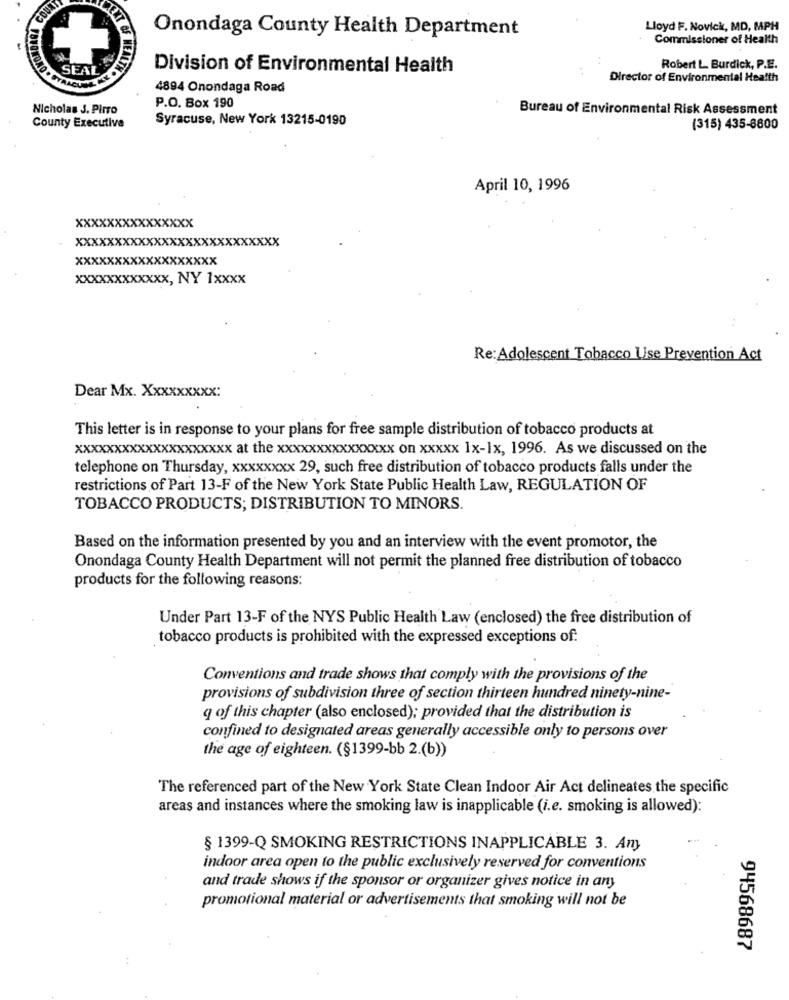
Onondaga County Health Department
Lloyd F. Novick, MD, MPH
Commissioner of Health
Division of Environmental Health
Robert L. Burdick, P.E.
Director of Environmental Health
4894 Onondaga Road
Nicholas S. Pirro
P.O. Box 190
Bureau of Environmental Risk Assessment
Syracuse, New York 13215-0190
County Executive
(315) 435-6800
April 10, 1996
xxxxxxxxxxxxxxx
xxxxxxxxxxxxxxx
xxxx
xxxx
xxxxxxxxxxxxxxxxx
xxxxxxxxxxxx, NY 1xxxx
Re:Adolescent Tobacco Use Prevention Act
Dear Mx. Xxxxxxxxx:
This letter is in response to your plans for free sample distribution of tobacco products at
xxxxxxxxxxxxxxxxxxxx at the xxxxxxxxxxxxxxx on xxxxx 1x-1x, 1996. As we discussed on the
telephone on Thursday, xxxxxxxx 29, such free distribution of tobacco products falls under the
restrictions of Part 13-F of the New York State Public Health Law, REGULATION OF
TOBACCO PRODUCTS; DISTRIBUTION TO MINORS.
Based on the information presented by you and an interview with the event promotor, the
Onondaga County Health Department will not permit the planned free distribution of tobacco
products for the following reasons:
Under Part 13-F of the NYS Public Health Law (enclosed) the free distribution of
tobacco products is prohibited with the expressed exceptions of.
Conventions and trade shows that comply with the provisions of the
provisions of subdivision three of section thirteen hundred ninety-nine-
q of this chapter (also enclosed); provided that the distribution is
confined to designated areas generally accessible only to persons over
the age of eighteen. (§1399-bb 2.(b))
The referenced part of the New York State Clean Indoor Air Act delineates the specific
areas and instances where the smoking law is inapplicable (i.e. smoking is allowed):
§ 1399-Q SMOKING RESTRICTIONS INAPPLICABLE 3. Any
indoor area open to the public exclusively reserved for conventions
and trade shows if the sponsor or organizer gives notice in any
promotional material or advertisements that smoking will not be
94568687